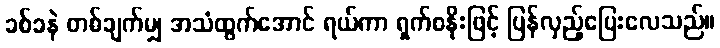
ခစ်ခနဲ တစ်ချက်မျှ အသံထွက်အောင် ရယ်ကာ ရှက်စနိုးဖြင့် ပြန်လှည့်ပြေးလေသည်။